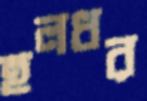
হলধর